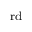
^ \mathrm { r d }